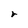
Character: r